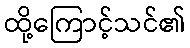
ထို့ကြောင့်သင်၏